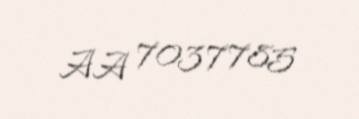
AA 7037785